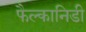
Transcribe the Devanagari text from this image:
फैल्कानिडी